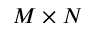
M \times N